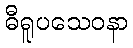
ဓီရူပသေဝနာ